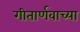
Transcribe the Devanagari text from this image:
गीतार्णवाच्या